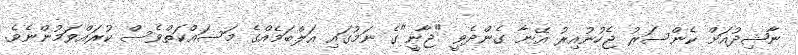
ނާޝިދުއަށް ކެންސަރު ޖެހުނުއިރު އޭނާ ގެންދެވީ "ޖާނީ"ގެ ނަމުގައި އަލްބަމެއްގެ މަސައްކަތްވެސް ކުރައްވަމުންނެވެ.